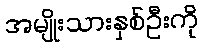
အမျိုးသားနှစ်ဦးကို